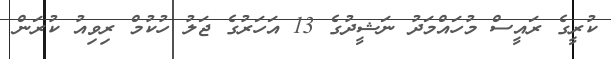
ކުރީގެ ރައީސް މުހައްމަދު ނަޝީދުގެ 13 އަހަރުގެ ޖަލު ހުކުމް ރިވިއު ކުރަން